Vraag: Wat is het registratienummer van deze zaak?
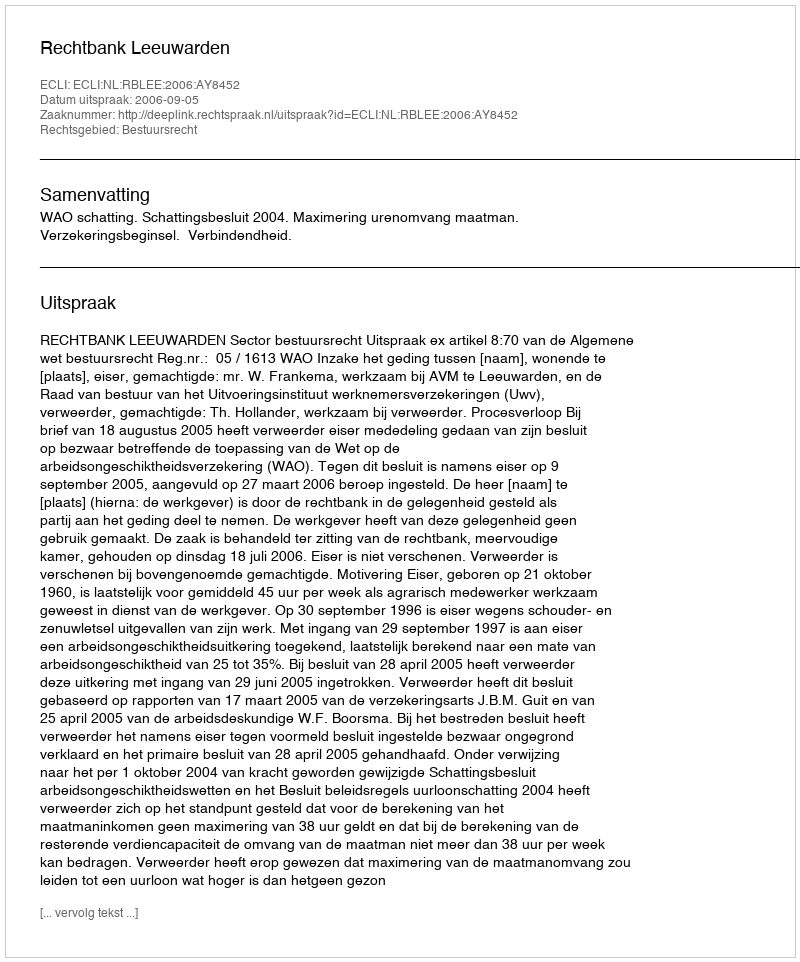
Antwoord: http://deeplink.rechtspraak.nl/uitspraak?id=ECLI:NL:RBLEE:2006:AY8452